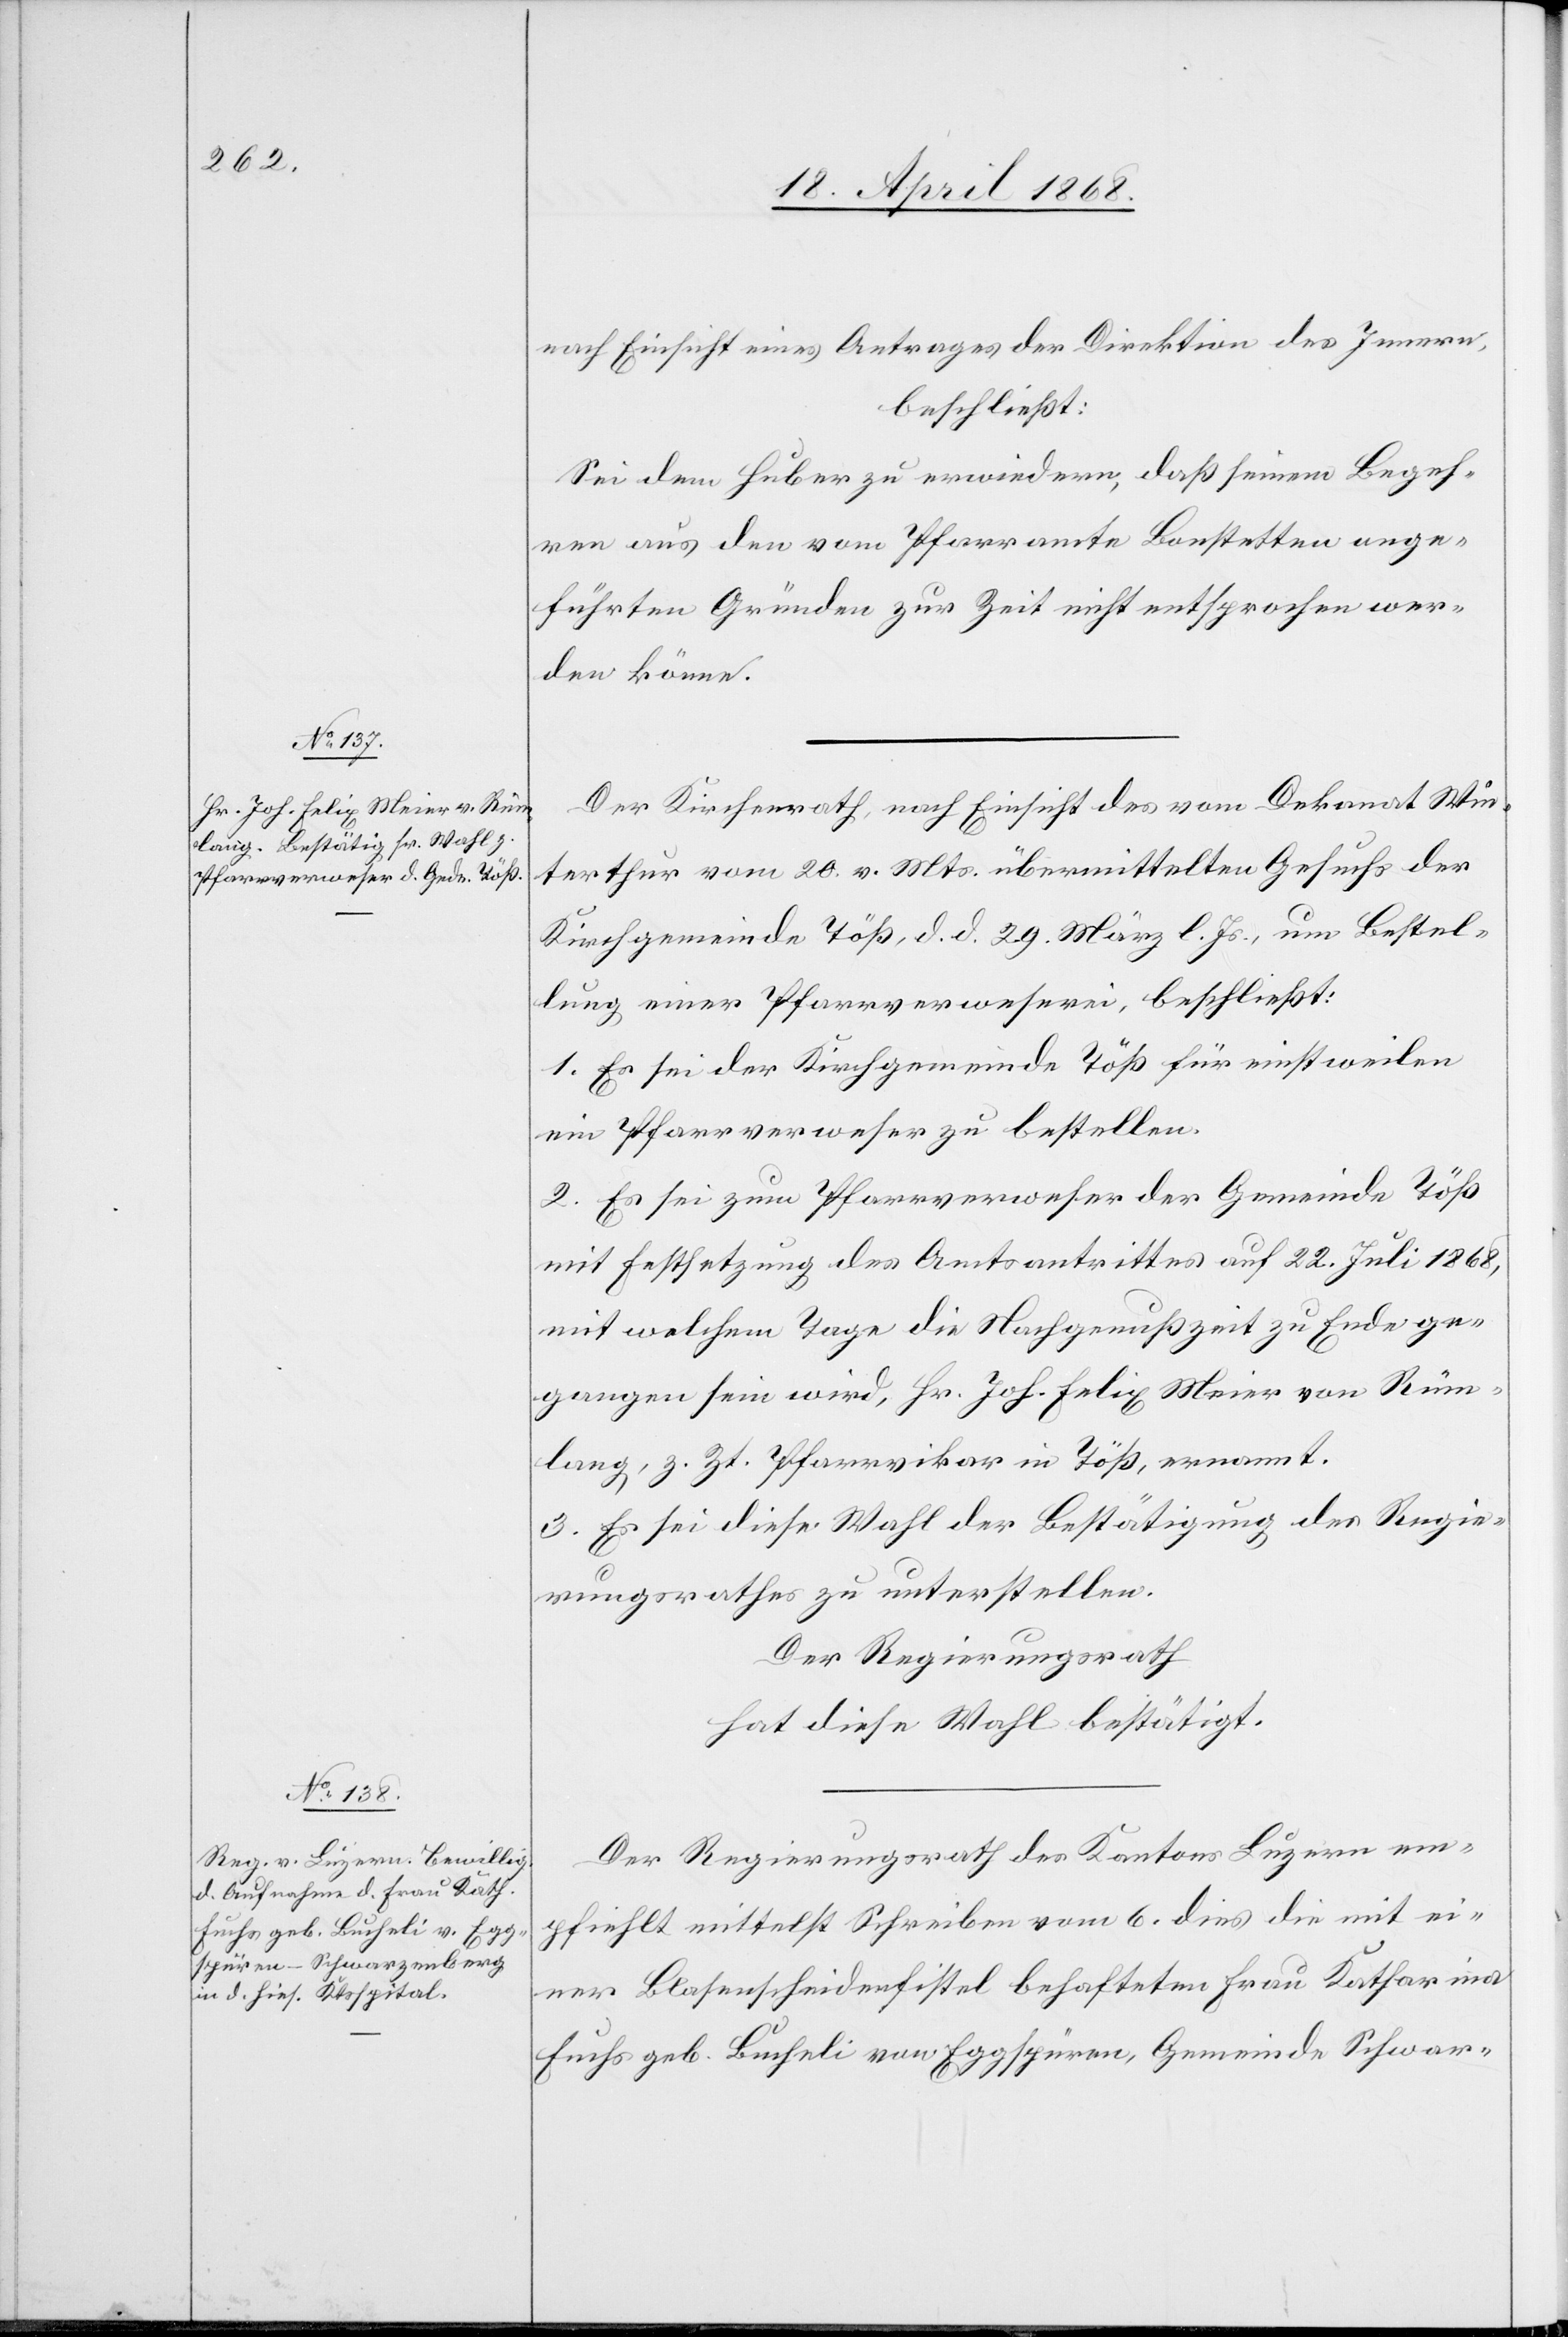
nach Einsicht eines Antrages der Direktion des Innern,
beschließt:
Sei dem Huber zu erwiedern, daß seinem Begeh¬
ren aus den vom Pfarramte Bonstetten ange¬
führten Gründen zur Zeit nicht entsprochen wer¬
den könne.
Der Kirchenrath, nach Einsicht des vom Dekanat Win¬
terthur vom 20. v. Mts. übermittelten Gesuchs der
Kirchgemeinde Töß, d. d. 29. März l. Js., um Bestel¬
lung einer Pfarrverweserei, beschließt:
1. Es sei der Kirchgemeinde Töß für einstweilen
ein Pfarrverweser zu bestellen.
2. Es sei zum Pfarrverweser der Gemeinde Töß
mit Festsetzung des Amtsantrittes auf 22. Juli 1868,
mit welchem Tage die Nachgenußzeit zu Ende ge¬
gangen sein wird, Hr. Joh. Felix Meier von Rüm¬
lang, z. Zt. Pfarrvikar in Töß, ernannt.
3. Es sei diese Wahl der Bestätigung des Regie¬
rungsrathes zu unterstellen.
Der Regierungsrath
hat diese Wahl bestätigt.
Der Regierungsrath des Kantons Luzern em¬
pfiehlt mittelst Schreiben vom 6. dies die mit ei¬
ner Blasenscheidenfistel behafteten Frau Katharina
Fuchs geb. Bucheli von Eggspüren, Gemeinde Schwar-